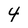
Character: 4